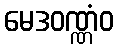
မေဒဝဏ္ဏံဝ